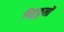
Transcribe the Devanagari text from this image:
पितृकुलों